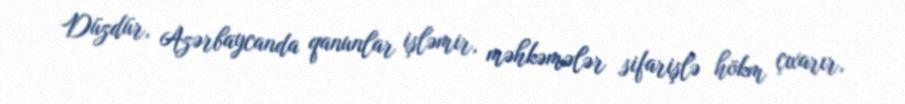
Düzdür, Azərbaycanda qanunlar işləmir, məhkəmələr sifarişlə hökm çıxarır,